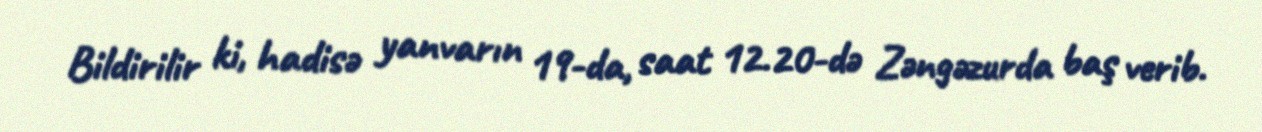
Bildirilir ki, hadisə yanvarın 19-da, saat 12.20-də Zəngəzurda baş verib.